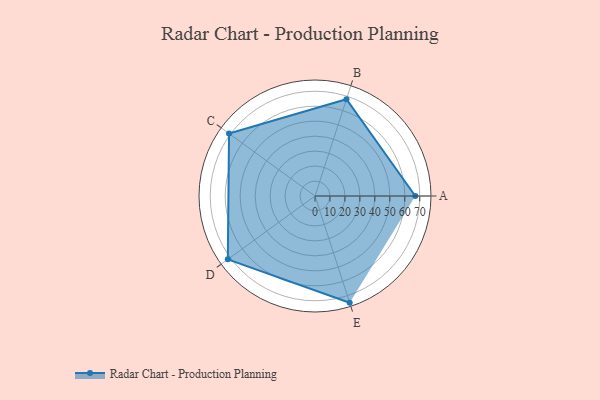
{"axis": {"x": "Skill", "y": "Score"}, "legend": ["Profile"], "data": [{"x": "A", "y": 67.0, "type": "Profile"}, {"x": "B", "y": 68.0, "type": "Profile"}, {"x": "C", "y": 71.0, "type": "Profile"}, {"x": "D", "y": 72.0, "type": "Profile"}, {"x": "E", "y": 75.0, "type": "Profile"}]}